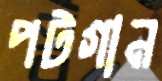
পটগান